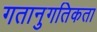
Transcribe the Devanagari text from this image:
गतानुगतिकता